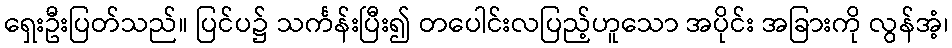
ရှေးဦးပြတ်သည်။ ပြင်ပ၌ သင်္ကန်းပြီး၍ တပေါင်းလပြည့်ဟူသော အပိုင်း အခြားကို လွန်အံ့၊